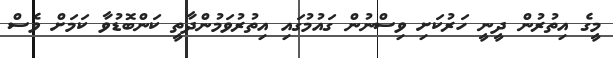
މީގެ އިތުރުން ދީނީ ހަރުކަށި ވިސްނުން ގައުމުގައި އިތުރުވަމުންދާތީ ކަންބޮޑުވާ ކަމަށް ވެސް